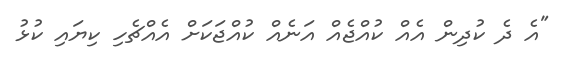
"އެ ދެ ކުދިން އެއް ކުއްޖެއް އަނެއް ކުއްޖަކަށް އެއްޗެހި ކިޔައި ކުޅު